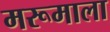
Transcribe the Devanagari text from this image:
मरूमाला